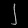
Digit: ၂